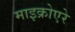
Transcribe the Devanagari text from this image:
माइक्रोएरे